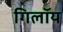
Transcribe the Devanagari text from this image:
गिलॉय